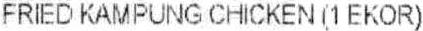
FRIED KAMPUNG CHICKEN (1 EKOR)